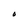
Character: O